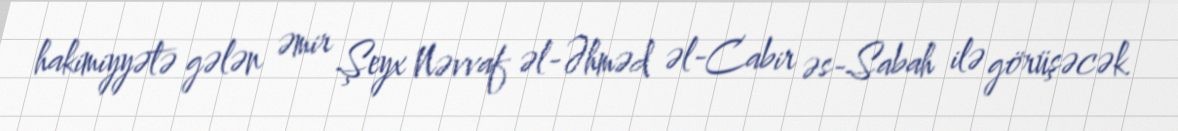
hakimiyyətə gələn əmir Şeyx Nəvvaf əl-Əhməd əl-Cabir əs-Sabah ilə görüşəcək.